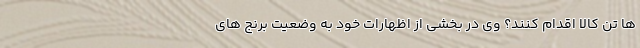
ها تن کالا اقدام کنند؟ وی در بخشی از اظهارات خود به وضعیت برنج های